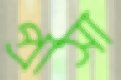
প্রাসা